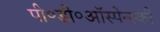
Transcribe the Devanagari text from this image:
पी॰डी॰ऑस्पेन्स्की